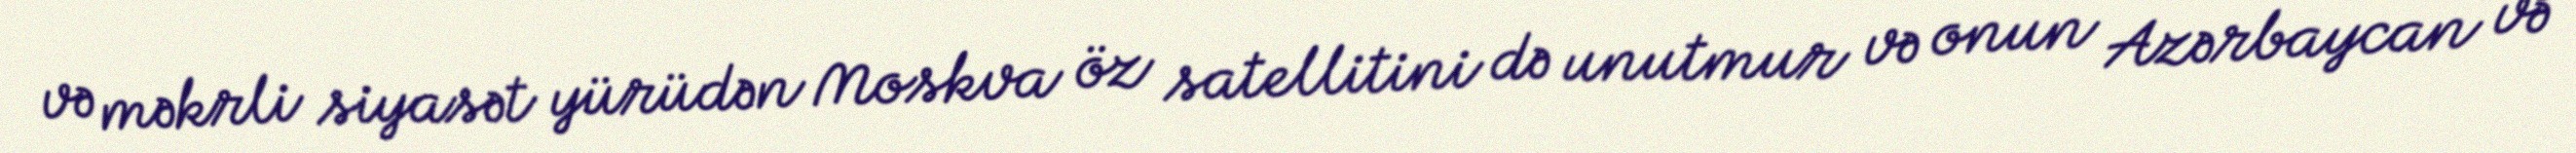
və məkrli siyasət yürüdən Moskva öz satellitini də unutmur və onun Azərbaycan və